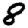
Digit: 8